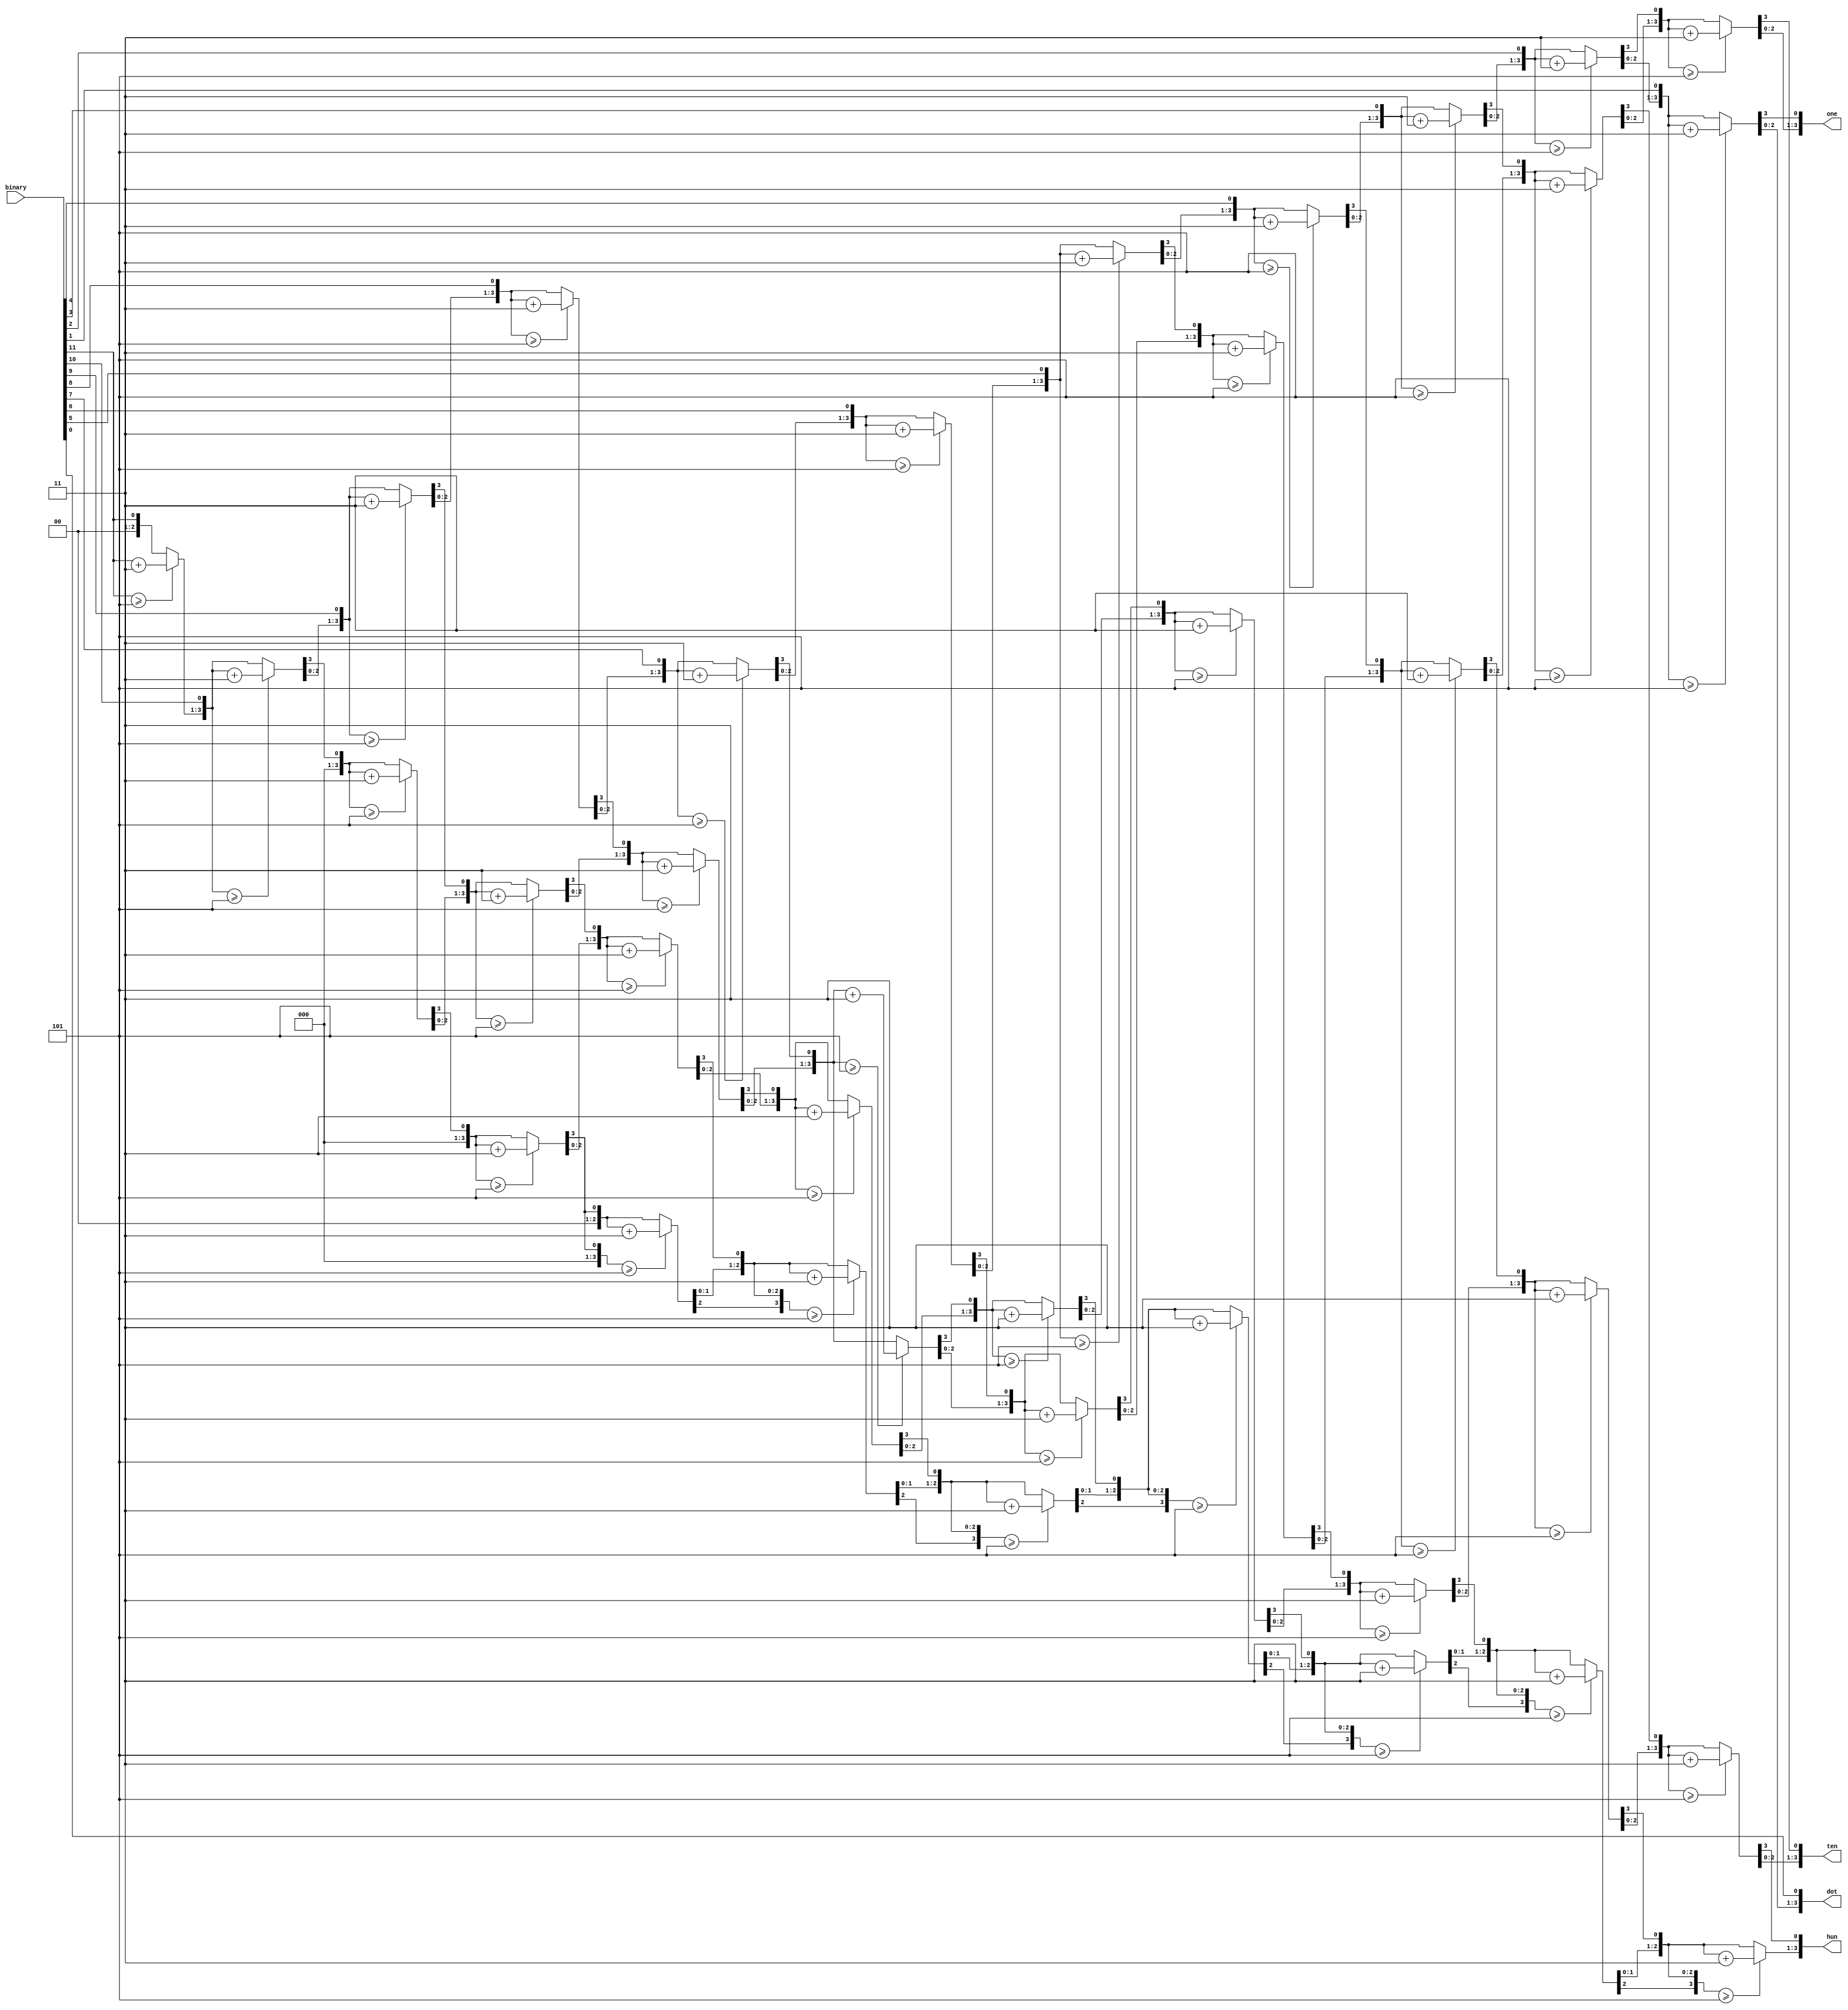
module BCD(
	input [11:0]	binary,
	output reg[3:0] hun,
	output reg[3:0] ten,
	output reg[3:0] one,
	output reg[3:0] dot
);

	integer i;
	
	always@(binary)
	begin
	
		hun = 4'd0;
		ten = 4'd0;
		one = 4'd0;
		dot = 4'd0;
		
		for(i=11;i>=0;i=i-1)
		begin
			
			if(hun >= 5)
				hun = hun +3;
			if(ten >= 5)
				ten = ten +3;
			if(one >= 5)
				one = one +3;
			if(dot >= 5)
				dot = dot +3;
				
			hun = hun << 1;
			hun[0] = ten[3];
			ten = ten << 1;
			ten[0] = one[3];
			one = one << 1;
			one[0] = dot[3];
			dot = dot << 1;
			dot[0] = binary[i];
			
		end
	
	end
	
endmodule